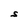
Character: S